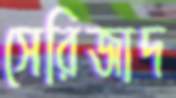
সেরিজাদ